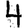
Digit: 4